Code of medical and sanitary regulations for the guidance of medical officers serving in the Madras Presidency - Volume II
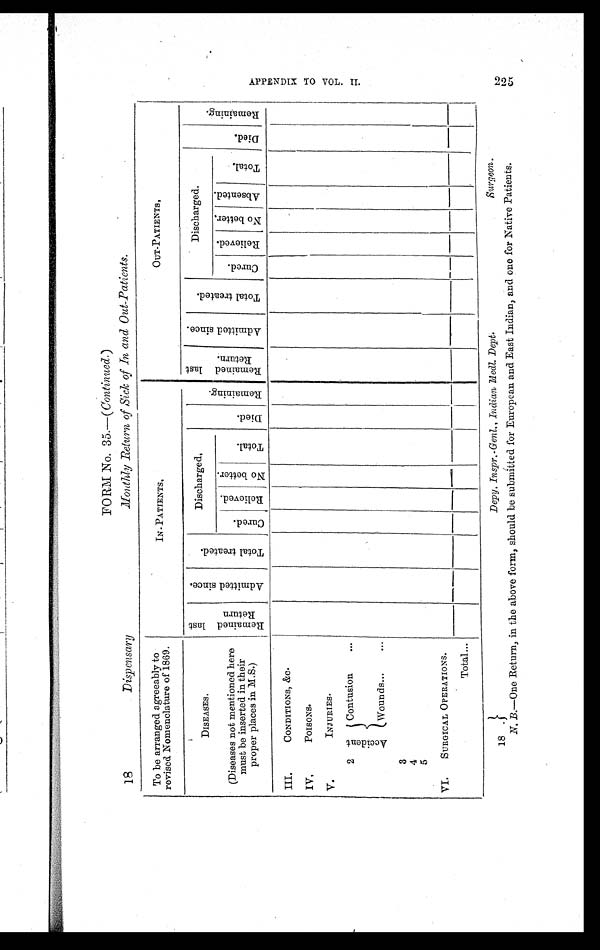
FORM NO. 35.—( Continued. )
18 Dispensary Monthly Return of Sick of In and Out-Patients.
To be arranged agreeably to
revised Nomenclature of 1869.
I N - P A T I E N T S .
OUT-PATIENTS .
DISEASES.
R e m a i n e d l a s t R e t u r n .
A d m i t t e d s i n c e .
T o t a l t r e a t e d .
Discharged.
D i e d .
R e m a i n i n g .
R e m a i n e d l a s t R e t u r n .
A d m i t t e d s i n c e .
T o t a l t r e a t e d .
Discharged.
D i e d .
R e m a i n i n g .
(Diseases not mentioned here
must be inserted in their
proper places in M. S.)
C u r e d .
R e l i e v e d . N o b e t t e r .
T o t a l .
C u r e d .
R e l i e v e d .
N o b e t t e r . A b s e n t e d .
T o t a l .
III.
CONDITIONS, &C.
IV.
POISONS.
V.
I N J U R I E S .
2 A c c i d e n t
Contusion
. . .
Wounds ...
...
3
4
5
VI. SURGICAL OPERATIONS.
Total ...
18 .
Depy. Inspr. Genl., Indian Medl. Dept. Surgeon.
N. B.—One Return, in the above form, should be submitted for European and East Indian, and one for Native Patients.
A P P E N D I X T O V O L . I I .
225